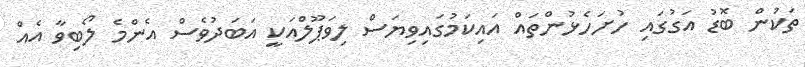
ތަކުން ބޮޑު އަގުގައި ހުށަހެޅުންތައް އައިކަމުގައިވިޔަސް ލިވަޕޫލްއަކީ އަބަދުވެސް އެންމެ ލޯބިވާ އެއް